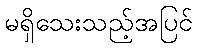
မရှိသေးသည့်အပြင်